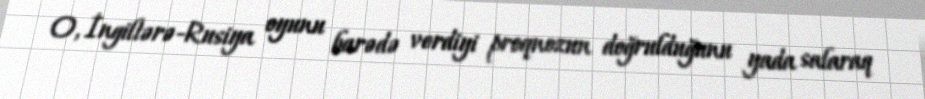
O, İngiltərə-Rusiya oyunu barədə verdiyi proqnozun doğrulduğunu yada salaraq